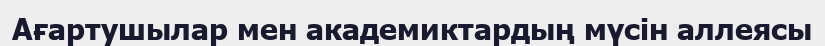
Ағартушылар мен академиктардың мүсін аллеясы